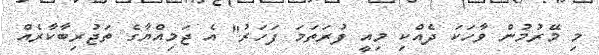
މި މޭރުމުން ވާހަކަ ދެއްކި މިއީ ފުރަތަމަ ފަހަރު" އެ ޖަމިއްޔާގެ ތަޖުރިބާކާރެއް